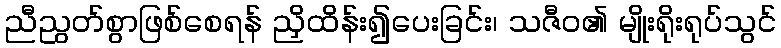
ညီညွတ်စွာဖြစ်စေရန် ညှိထိန်း၍ပေးခြင်း၊ သဇီဝ၏ မျိုးရိုးရုပ်သွင်